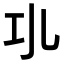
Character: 𢀗